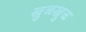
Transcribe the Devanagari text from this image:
खुळखुळ